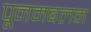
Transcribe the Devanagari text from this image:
पूनमबलम